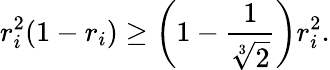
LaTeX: r_{i}^{2}(1-r_{i})\geq\left(1-\frac{1}{\sqrt[3]{2}}\right)r_{i}^{2}.